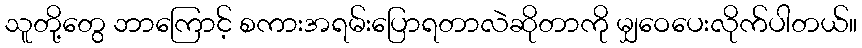
သူတို့တွေ ဘာကြောင့် စကားအရမ်းပြောရတာလဲဆိုတာကို မျှဝေပေးလိုက်ပါတယ်။